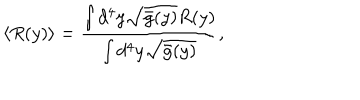
LaTeX: \langle R ( y ) \rangle = \frac { \int d ^ { 4 } y \sqrt { \bar { g } ( y ) } R ( y ) } { \int d ^ { 4 } y \sqrt { \bar { g } ( y ) } } ,